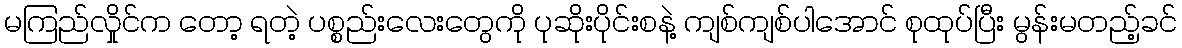
မကြည်လှိုင်က တော့ ရတဲ့ ပစ္စည်းလေးတွေကို ပုဆိုးပိုင်းစနဲ့ ကျစ်ကျစ်ပါအောင် စုထုပ်ပြီး မွန်းမတည့်ခင်